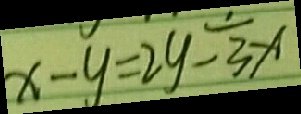
x - y = 2 y - \frac { 1 } { 3 } x